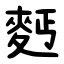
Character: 麫